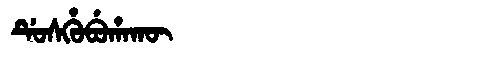
Manchu: ᡩᡠᠰᡥᡠᠪᡠᡥᠠᡴᡡ
Romanization: DUSHUBUHAKŪ